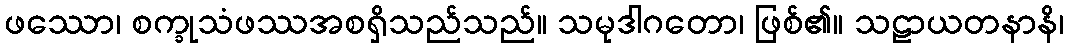
ဖဿော၊ စက္ခုသံဖဿအစရှိသည်သည်။ သမုဒါဂတော၊ ဖြစ်၏။ သဠာယတနာနိ၊